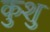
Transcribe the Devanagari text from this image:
कुशु